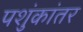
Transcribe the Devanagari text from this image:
पशुंकांतर